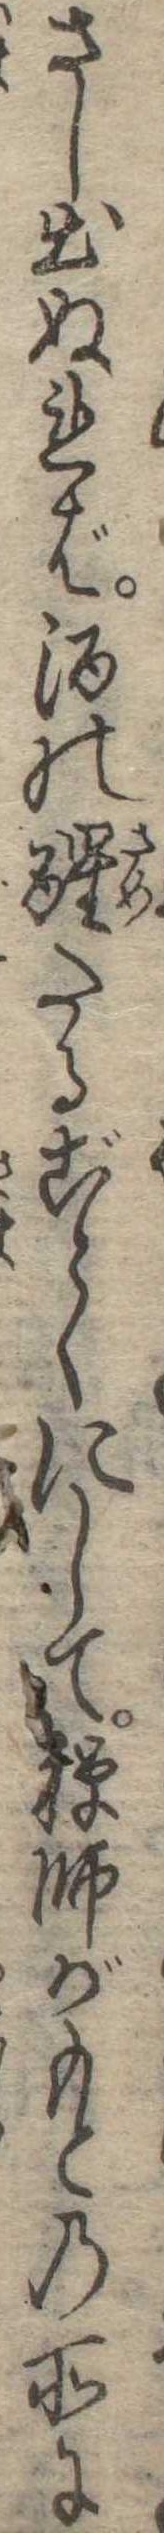
さし出ぬれば酒の醒たるごとくにして禅師がもとの所に